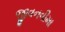
જીવનવીમા